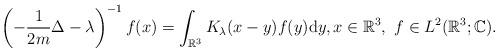
LaTeX: \begin{align*} \left(-\frac{1}{2 m} \Delta - \lambda\right)^{-1} f(x) = \int_{\mathbb{R}^3} K_\lambda(x - y) f(y) \mathrm{d} y, x \in \mathbb{R}^3, ~f \in L^2(\mathbb{R}^3; \mathbb{C}).\end{align*}